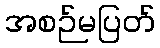
အစဉ်မပြတ်